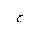
Letter: _kha